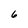
Character: 6